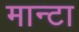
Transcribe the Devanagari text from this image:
मान्टा